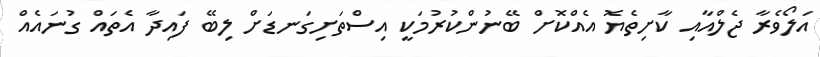
އަލޯވެރާ ޖެލްއާއި ކާށިތެޔޮ އެއްކޮށް ބޭނުންކުރުމަކީ އިސްތަށިގަނޑަށް ލިބޭ ފައިދާ އެތައް ގުނައެއް